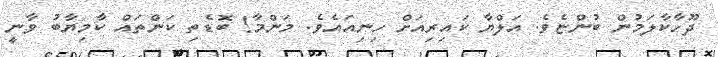
ދޫހާކާލަމުން ބުންޏެވެ. އަލްޔާ ކައިރިއަށް ހިނިއައެވެ. މަންމާ! ބޮޑެތި ކަންތައް ކާމިޔާބު ވާނީ